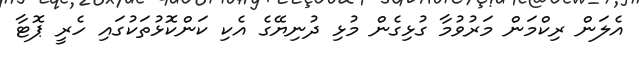
އެލަން ރިކްމަން މަރުވުމާ ގުޅިގެން މުޅި ދުނިޔޭގެ އެކި ކަންކޮޅުތަކުގައި ހެރީ ޕޮޓާ